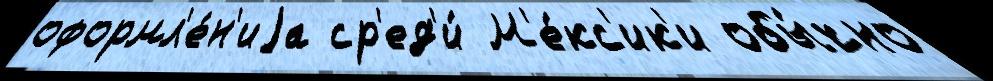
оформл'е́н'иjа ср'ед'и́ М'е́кс'ик'и обы́чно